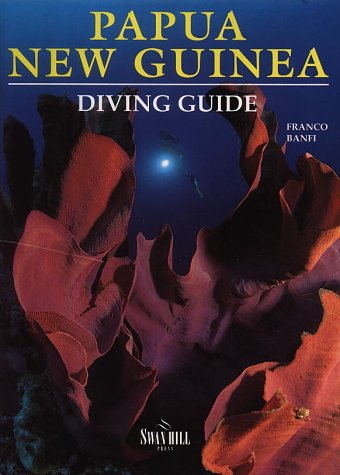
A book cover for Diving Guide to Papua New Guinea (Diving Guides); Franco Banfi; Travel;